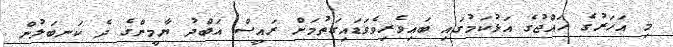
މި އަހަރުގެ ހައްޖުގެ އަޅުކަމުގައި ބައިވެރިވެވަޑައިގަތުމަށް ރައީސް އަބްދު ޔާމީންގެ ދެ ކަނބަލުން